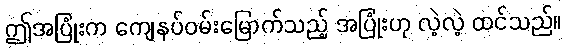
ဤအပြုံးက ကျေနပ်ဝမ်းမြောက်သည့် အပြုံးဟု လဲ့လဲ့ ထင်သည်။